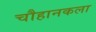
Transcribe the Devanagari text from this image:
चौहानकला